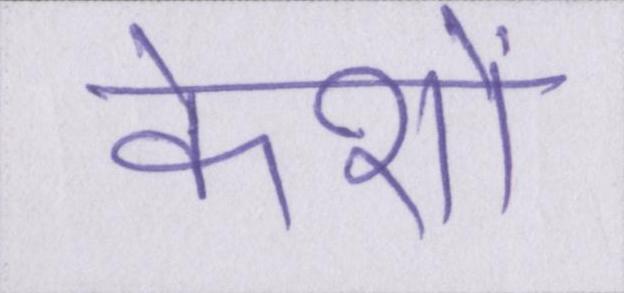
केशों